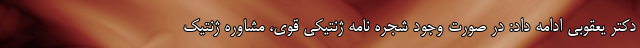
دکتر یعقوبی ادامه داد: در صورت وجود شجره نامه ژنتیکی قوی، مشاوره ژنتیک